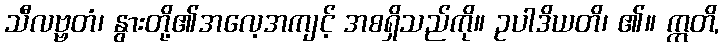
သီလဗ္ဗတံ၊ နွားတို့၏အလေ့အကျင့် အစရှိသည်ကို။ ဥပါဒိယတိ၊ ၏။ ဣတိ,